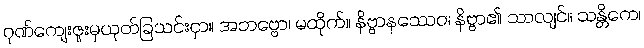
ဂုဏ်ကျေးဇူးမှယုတ်ခြသင်းငှာ။ အဘဗ္ဗော၊ မထိုက်။ နိဗ္ဗာနဿေဝ၊ နိဗ္ဗာ၏ သာလျင်။ သန္တိကေ၊